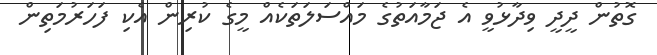
ގޮތުން ދީދީ ވިދާޅުވީ އެ ޖަމާއަތުގެ މައްސަލަތަކެއް މީގެ ކުރިން އެކި ފަހަރުމަތިން